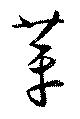
革